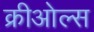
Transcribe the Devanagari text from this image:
क्रीओल्स